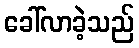
ခေါ်လာခဲ့သည်